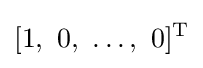
[1,\ 0,\ \ldots ,\ 0]^{\mathrm {T} }